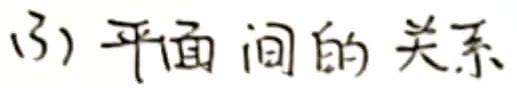
(3) 平面间的关系